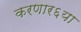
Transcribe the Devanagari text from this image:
करणार६या